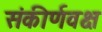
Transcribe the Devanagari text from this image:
संकीर्णवक्ष